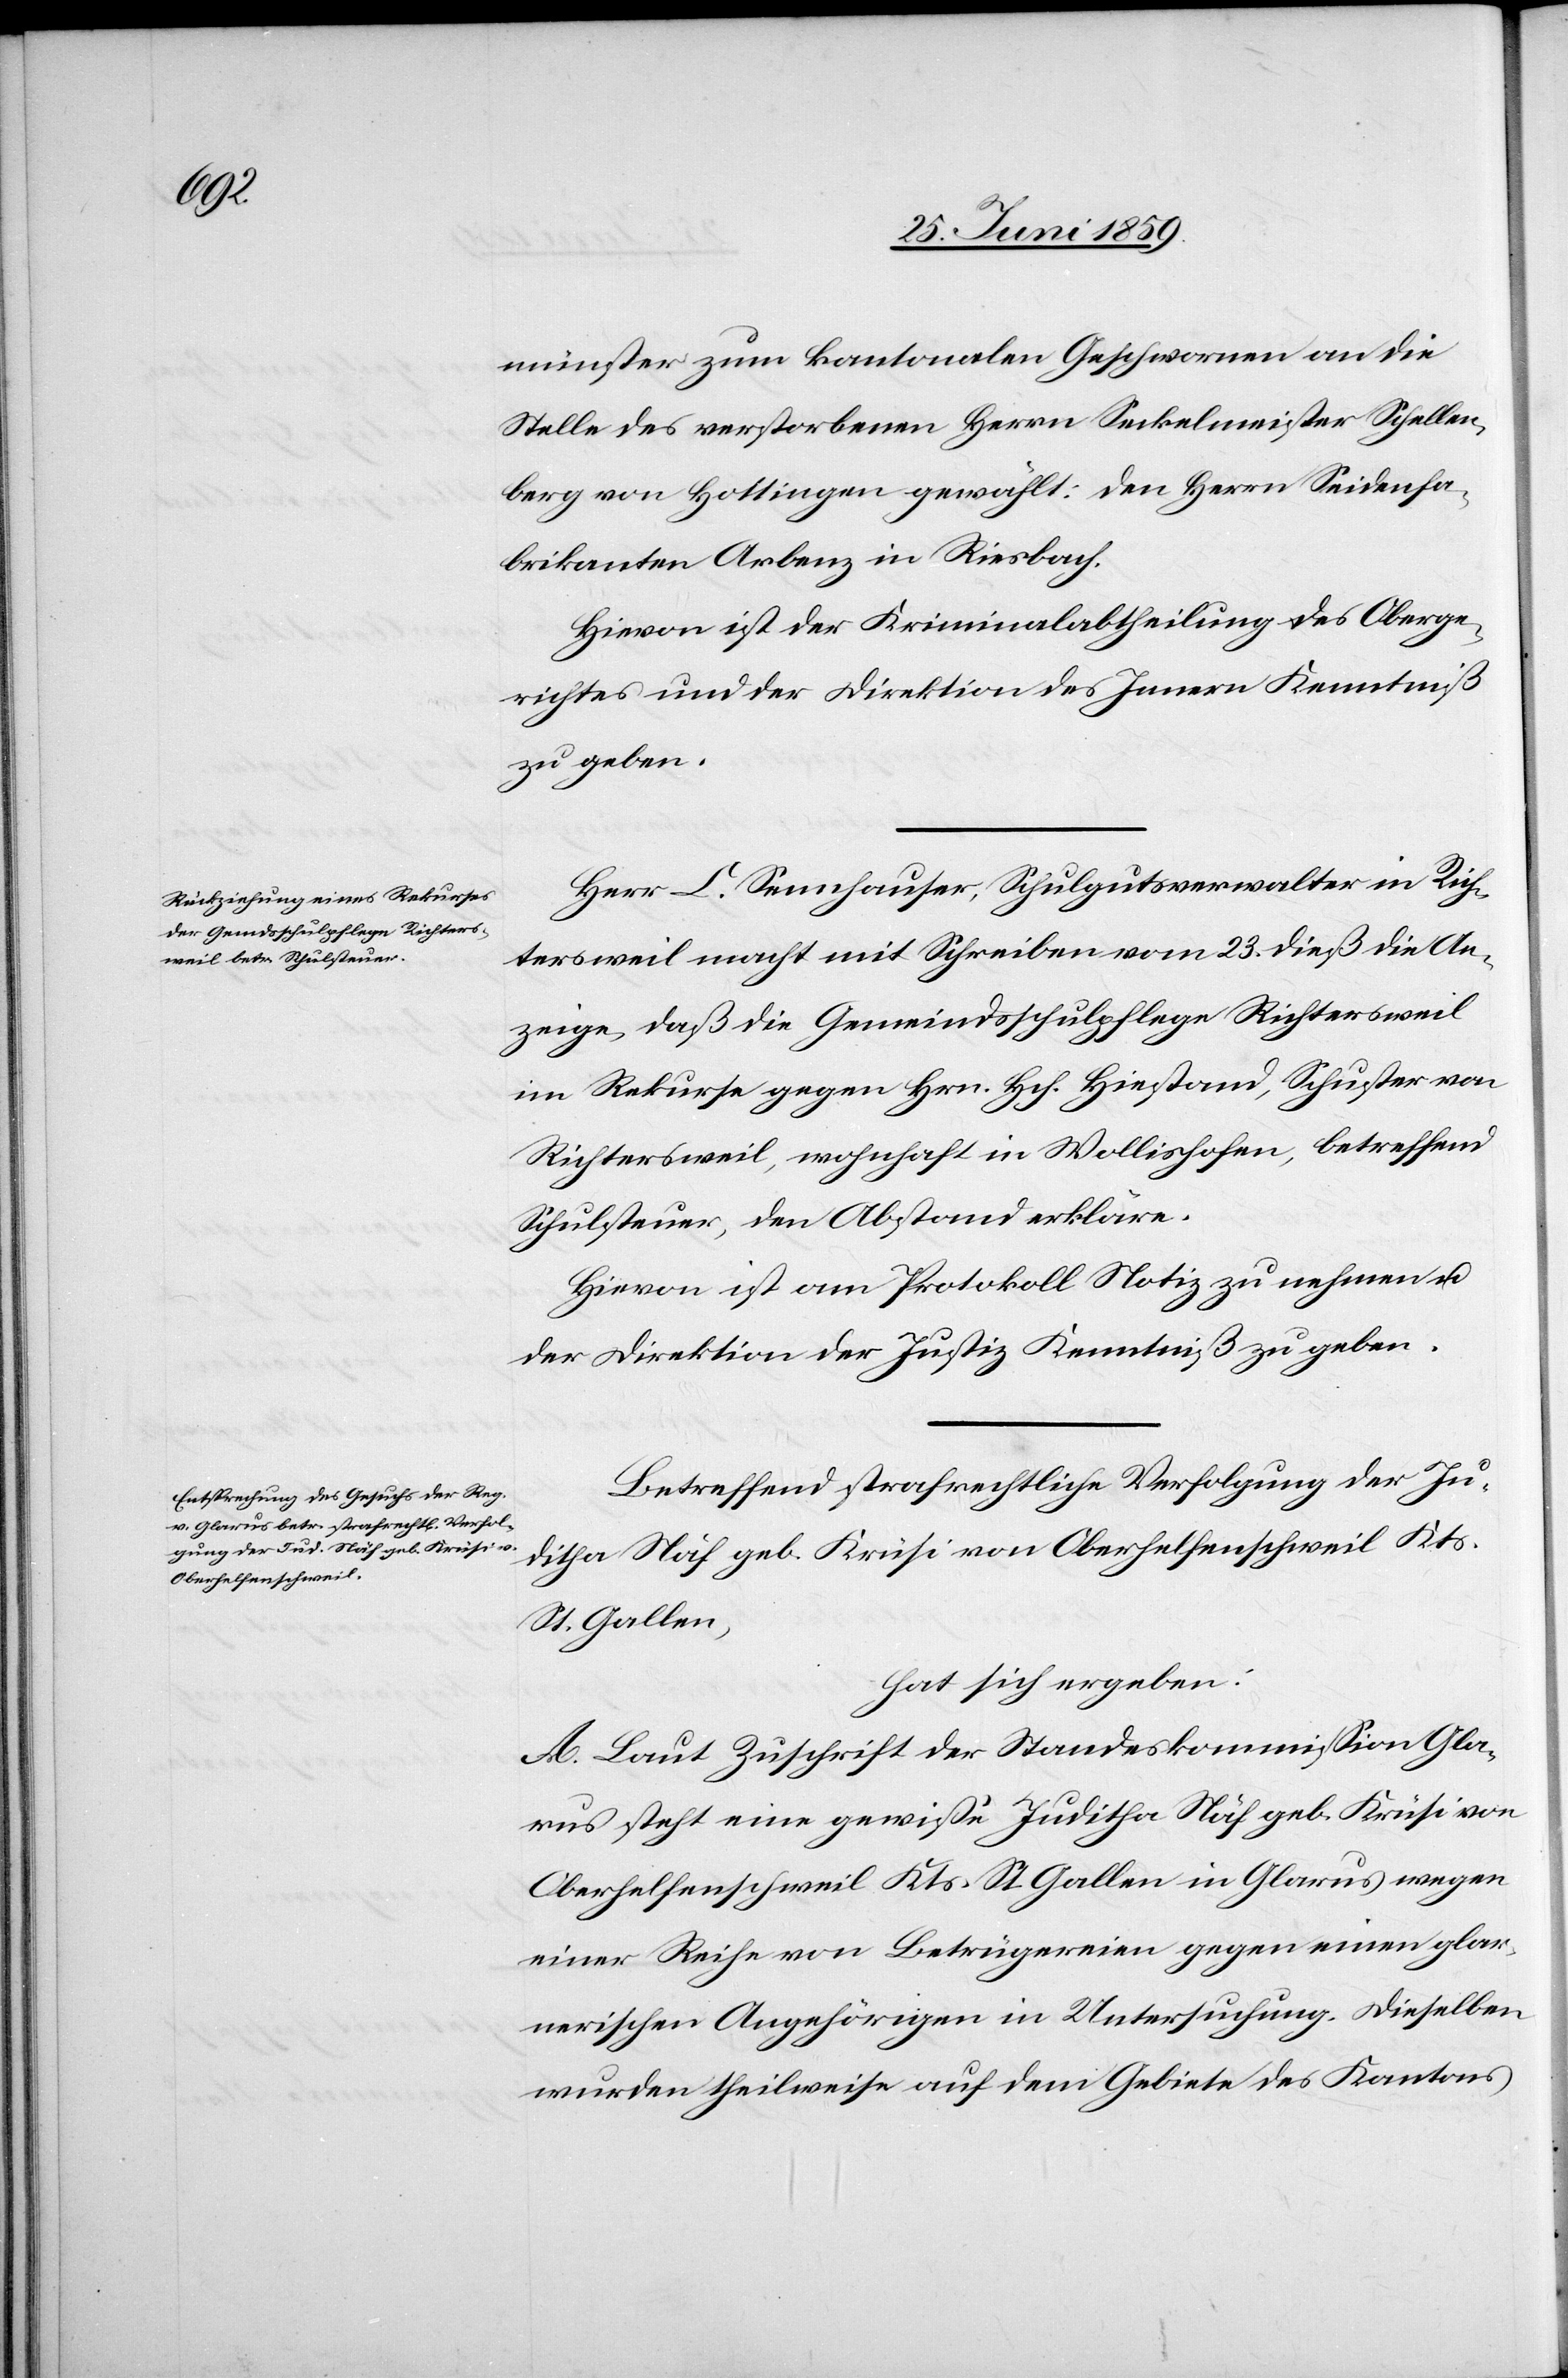
münster zum kantonalen Geschwornen an die
Stelle des verstorbenen Herrn Seckelmeister Schellen¬
berg von Hottingen gewählt: den Herrn Seidenfa¬
brikanten Arbenz in Riesbach.
Hievon ist der Kriminalabtheilung des Oberge¬
richtes und der Direktion des Innern Kenntniß
zu geben.
Herr L. Sennhauser, Schulgutsverwalter in Rich¬
tersweil macht mit Schreiben vom 23. dieß die An¬
zeige, daß die Gemeindsschulpflege Richtersweil
im Rekurse gegen Hrn. Hch. Hiestand, Schuster von
Richtersweil, wohnhaft in Wollishofen, betreffend
Schulsteuer, den Abstand erkläre.
Hievon ist am Protokoll Notiz zu nehmen u.
der Direktion der Justiz Kenntniß zu geben.
Betreffend strafrechtliche Verfolgung der Ju¬
ditha Näf geb. Krüsi von Oberhelfenschweil Kts.
St. Gallen,
hat sich ergeben:
A. Laut Zuschrift der Standeskommission Gla¬
rus steht eine gewisse Juditha Näf geb. Krüsi von
Oberhelfenschweil Kts. St.Gallen in Glarus wegen
einer Reihe von Betrügereien gegen einen glar¬
nerischen Angehörigen in Untersuchung. Dieselben
wurden theilweise auf dem Gebiete des Kantons